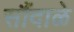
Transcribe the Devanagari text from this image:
सौंदाळे